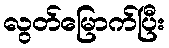
လွတ်မြောက်ပြီး